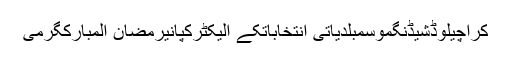
کراچیلوڈشیڈنگموسمبلدیاتی انتخاباتکے الیکٹرکپانیرمضان المبارکگرمی